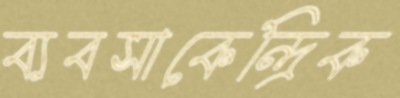
ব্যবসাকেন্দ্রিক